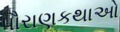
પૌરાણકથાઓ